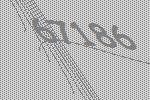
67186